Vaccination in Bombay 1863-1868 - 1863-1868
Year: 1863
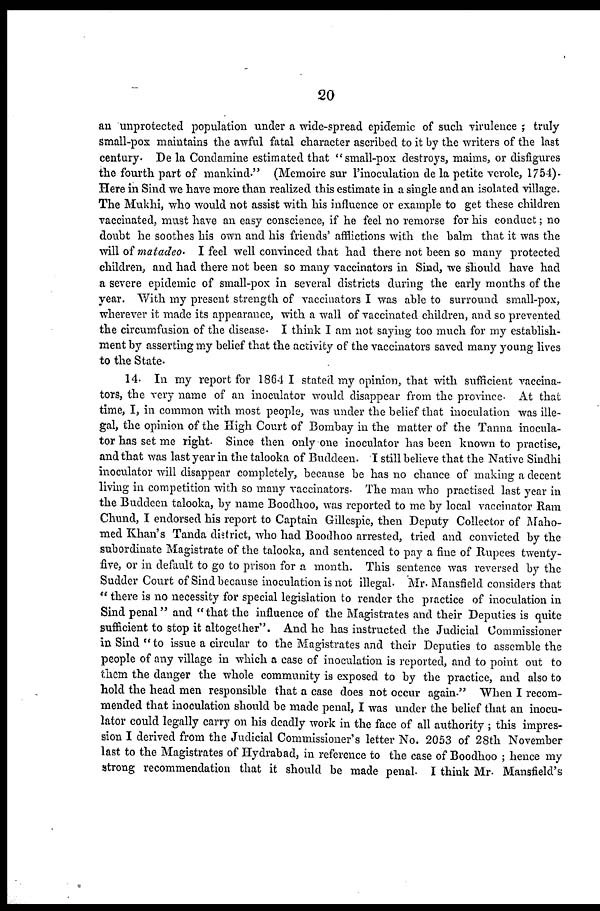
20
an unprotected population under a wide-spread epidemic of such virulence ; truly
Small-pox maintains the awful fatal character ascribed to it by the writers of the last
century. De la Condamine estimated that "small-pox destroys, maims, or disfigures
the fourth part of mankind." (Memoire sur Pinoculation de la petite verole, 1754).
Here in Sind we have more than realized this estimate in a single and an isolated village.
The Mukhi, who would not assist with his influence or example to get these children
vaccinated, must have an easy conscience, if he feel no remorse for his conduct; no
doubt he soothes his own and his friends' afflictions with the balm that it was the
will of matadeo. I feel well convinced that had there not been so many protected
children, and had there not been so many vaccinators in Sind, we should have had
a severe epidemic of small-pox in several districts during the early months of the
year. With my present strength of vaccinators I was able to surround small-pox,
wherever it made its appearance, with a wall of vaccinated children, and so prevented
the circumfusion of the disease. I think I am not saying too much for my establish-
ment by asserting my belief that the activity of the vaccinators saved many young lives
to the State.
14. In my report for 1864 I stated my opinion, that with sufficient vaccina-
tors, the very name of an inoculator would disappear from the province. At that
time, I, in common with most people, was under the belief that inoculation was ille-
gal, the opinion of the High Court of Bombay in the matter of the Tanna inocula-
tor has set me right. Since then only one inoculator has been known to practise,
and that was last year in the talooka of Buddeen. I still believe that the Native Sindhi
inoculator will disappear completely, because be has no chance of making a decent
living in competition with so many vaccinators. The man who practised last year in
the Buddeen talooka, by name Boodhoo, was reported to me by local vaccinator Ram
Chund, I endorsed his report to Captain Gillespie, then Deputy Collector of Maho-
med Khan's Tanda district, who had Boodhoo arrested, tried and convicted by the
subordinate Magistrate of the talooka, and sentenced to pay a fine of Rupees twenty-
five, or in default to go to prison for a month. This sentence was reversed by the
Sudder Court of Sind because inoculation is not illegal. Mr. Mansfield considers that
" there is no necessity for special legislation to render the practice of inoculation in
Sind penal" and " that the influence of the Magistrates and their Deputies is quite
sufficient to stop it altogether". And he has instructed the Judicial Commissioner
in Sind " to issue a circular to the Magistrates and their Deputies to assemble the
people of any village in which a case of inoculation is reported, and to point out to
them the danger the whole community is exposed to by the practice, and also to
hold the head men responsible that a case does not occur again." When I recom-
mended that inoculation should be made penal, I was under the belief that an inocu-
lator could legally carry on his deadly work in the face of all authority ; this impres-
sion I derived from the Judicial Commissioner's letter No. 2053 of 28th November
last to the Magistrates of Hydrabad, in reference to the case of Boodhoo ; hence my
strong recommendation that it should be made penal. I think Mr. Mansfield's